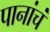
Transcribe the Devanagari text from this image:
पानांचं